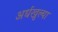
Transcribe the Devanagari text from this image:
अर्धखुल्या